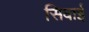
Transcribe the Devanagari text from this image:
सिवाई